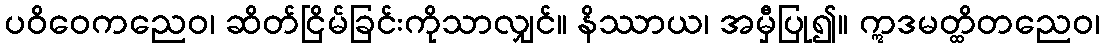
ပဝိဝေကညေဝ၊ ဆိတ်ငြိမ်ခြင်းကိုသာလျှင်။ နိဿာယ၊ အမှီပြု၍။ ဣဒမတ္ထိတညေဝ၊